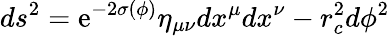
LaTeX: ds^{2}=\mathrm{e}^{-2\sigma\left(\phi\right)}\eta_{\mu\nu}dx^{\mu}dx^{\nu}-r_{c}^{2}d\phi^{2}